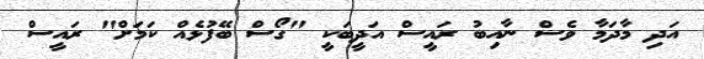
އަދި މާދަމާ ވެސް ނާއިބު ރައީސް އަދީބަކީ "ގޯސް ބޭފުޅެއް ކަމަށް" ރައީސް